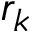
r _ { k }